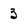
Character: 3